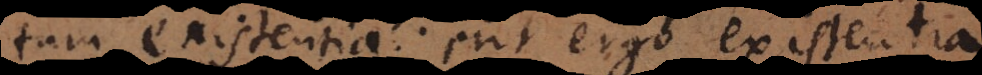
tum existentia: erit ergo existenti